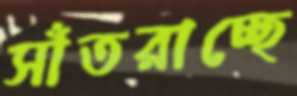
সাঁতরাচ্ছে